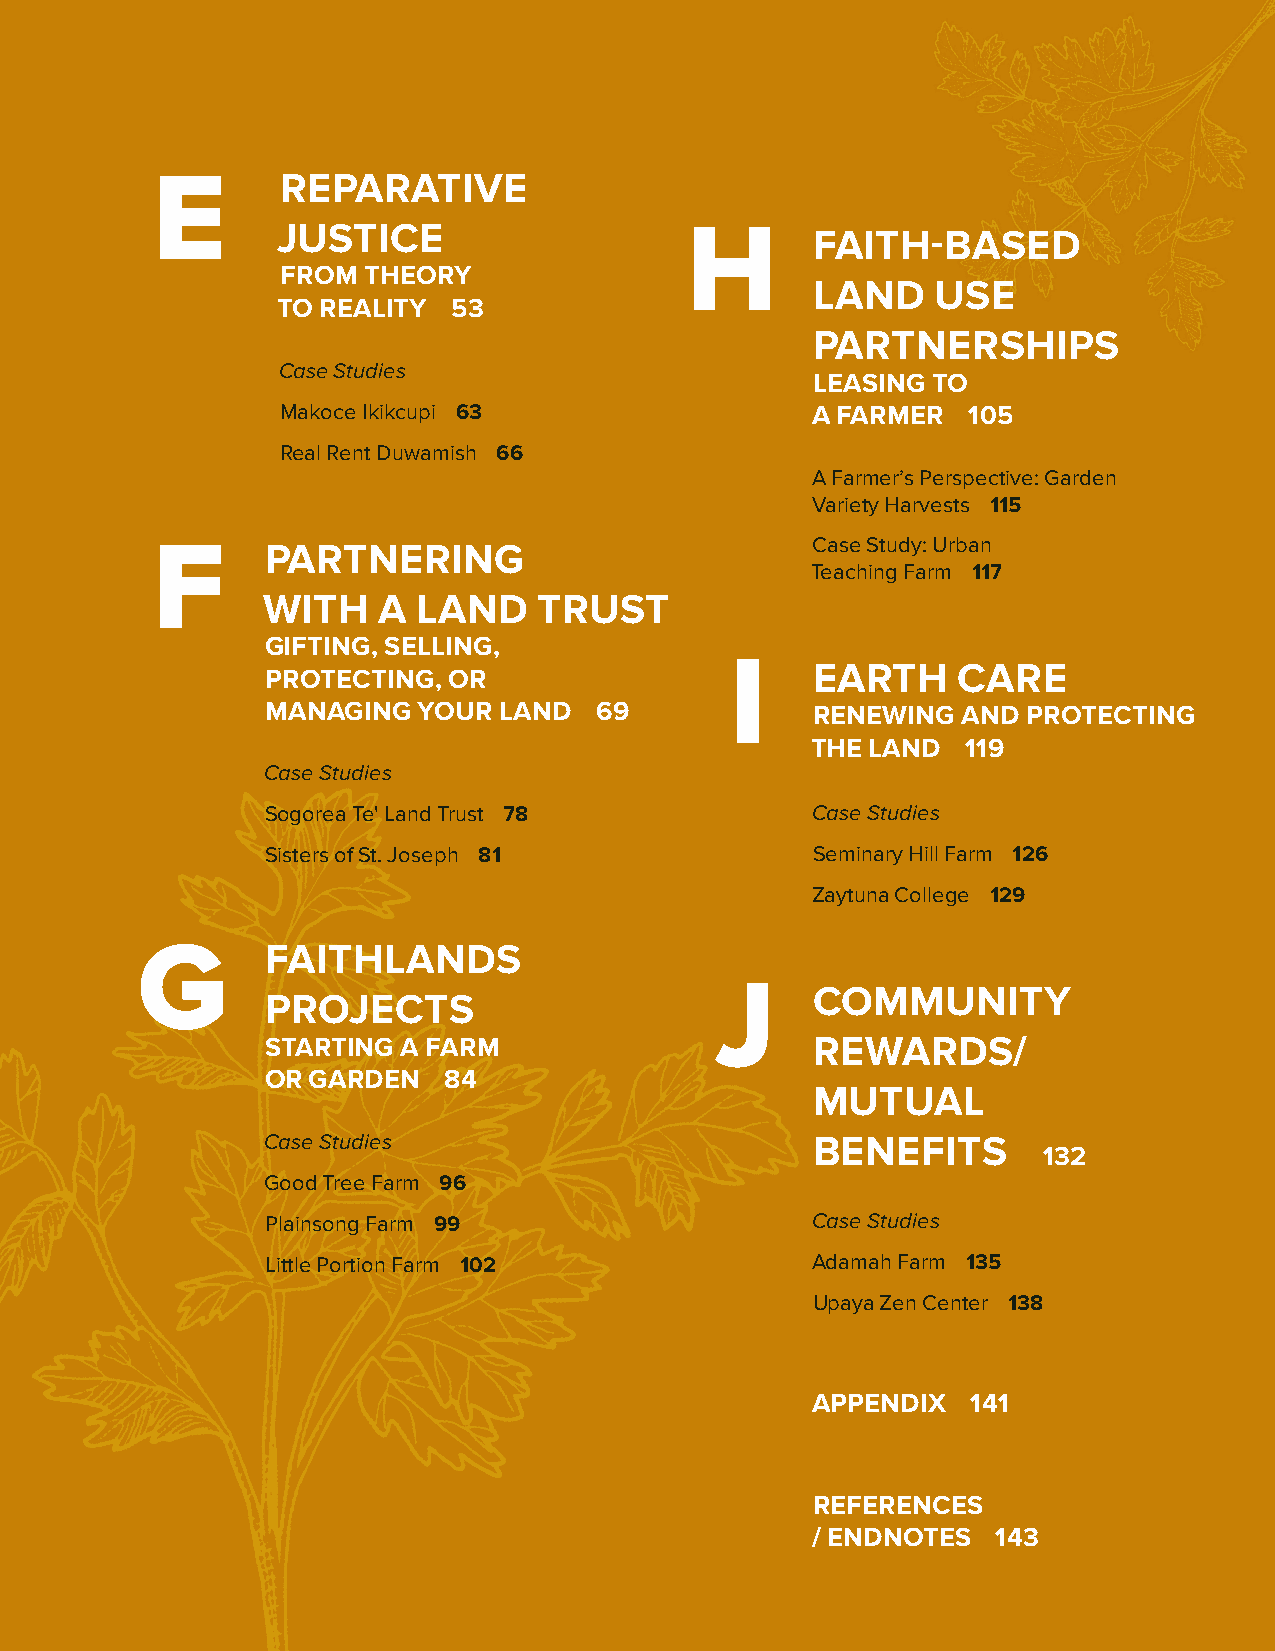
E        REPARATIVE
 JUSTICE                    H
 FAITH-BASED
 FROM THEORY
 LAND    USE
 TO REALITY  53
 PARTNERSHIPS
 Case Studies
 LEASING TO
 Makoce Ikikcupi 63                 A FARMER  105
 Real Rent Duwamish 66
 A Farmer’s Perspective: Garden
 Variety Harvests 115
 F       PARTNERING                          Case Study: Urban
 Teaching Farm 117
 WITH    A  LAND    TRUST
 GIFTING, SELLING,
 I
 EARTH    CARE
 PROTECTING, OR
 MANAGING  YOUR LAND  69             RENEWING  AND PROTECTING
 THE LAND  119
 Case Studies
 Sogorea Te' Land Trust 78           Case Studies
 Sisters of St. Joseph 81            Seminary Hill Farm 126
 Zaytuna College 129
 G        FAITHLANDS
 J
 COMMUNITY
 PROJECTS
 STARTING A FARM                     REWARDS/
 OR GARDEN  84
 MUTUAL
 Case Studies                         BENEFITS
 132
 Good Tree Farm 96
 Plainsong Farm 99                   Case Studies
 Little Portion Farm 102             Adamah Farm 135
 Upaya Zen Center 138
 APPENDIX  141
 REFERENCES
 / ENDNOTES  143